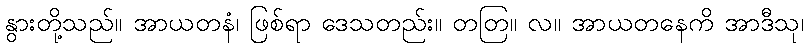
နွားတို့သည်။ အာယတနံ၊ ဖြစ်ရာ ဒေသတည်း။ တတြ။ လ။ အာယတနေကိ အာဒီသု၊